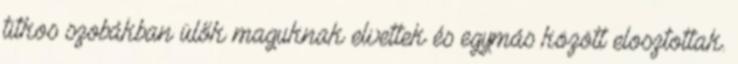
titkos szobákban ülők maguknak elvettek és egymás között elosztottak.